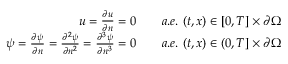
\begin{array} { r l } { u = \frac { \partial u } { \partial n } = 0 \quad } & { a . e . \ ( t , x ) \in [ 0 , T ] \times \partial \Omega } \\ { \psi = \frac { \partial \psi } { \partial n } = \frac { \partial ^ { 2 } \psi } { \partial n ^ { 2 } } = \frac { \partial ^ { 3 } \psi } { \partial n ^ { 3 } } = 0 \quad } & { a . e . \ ( t , x ) \in ( 0 , T ] \times \partial \Omega } \end{array}